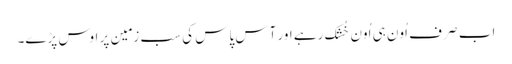
اب صِرف اُون ہی اُون خُشک رہے اور آس پاس کی سب زمِین پر اوس پڑے۔